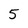
Character: 5